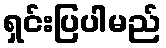
ရှင်းပြပါမည်